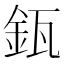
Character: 𨥯